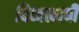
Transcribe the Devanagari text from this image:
दिव्यत्वाची